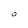
Character: O